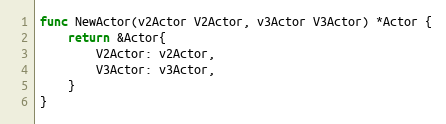
Language: Go
func NewActor(v2Actor V2Actor, v3Actor V3Actor) *Actor {
	return &Actor{
		V2Actor: v2Actor,
		V3Actor: v3Actor,
	}
}